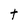
Character: t